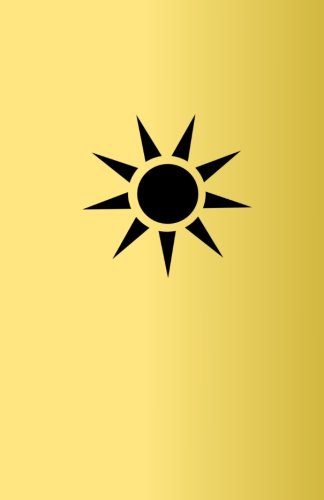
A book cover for Sith Academy: Masters of the Will (The Nine Echelons of Sith Mastery) (Volume 2); The Dark Lords; Religion & Spirituality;